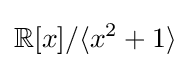
\mathbb {R} [x]/\langle x^{2}+1\rangle